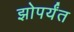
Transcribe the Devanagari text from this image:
झोपर्यंत